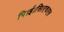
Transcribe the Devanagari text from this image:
पि।ई।सि।एच।एस